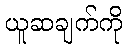
ယူဆချက်ကို